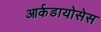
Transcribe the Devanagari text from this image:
आर्कडायोसेस